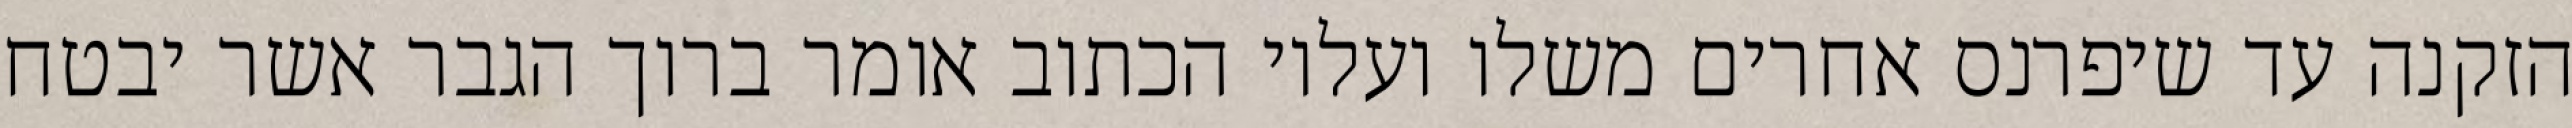
הזקנה עד שיפרנס אחרים משלו ועליו הכתוב אומר ברוך הגבר אשר יבטח